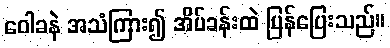
ဝေါခနဲ အသံကြား၍ အိပ်ခန်းထဲ ပြန်ပြေးသည်။